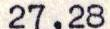
27,28